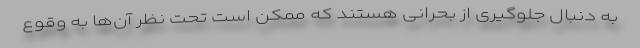
به دنبال جلوگیری از بحرانی هستند که ممکن است تحت نظر آن‌ها به وقوع